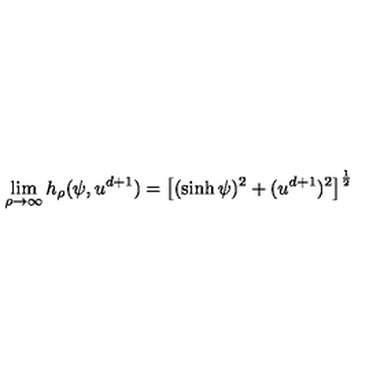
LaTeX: \lim _ { \rho \to \infty } h _ { \rho } ( \psi , u ^ { d + 1 } ) = \left[ ( \sinh \psi ) ^ { 2 } + ( u ^ { d + 1 } ) ^ { 2 } \right] ^ { \frac { 1 } { 2 } }